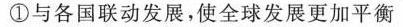
①与各国联动发展，使全球发展更加平衡